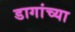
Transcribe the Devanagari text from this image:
डागांच्या